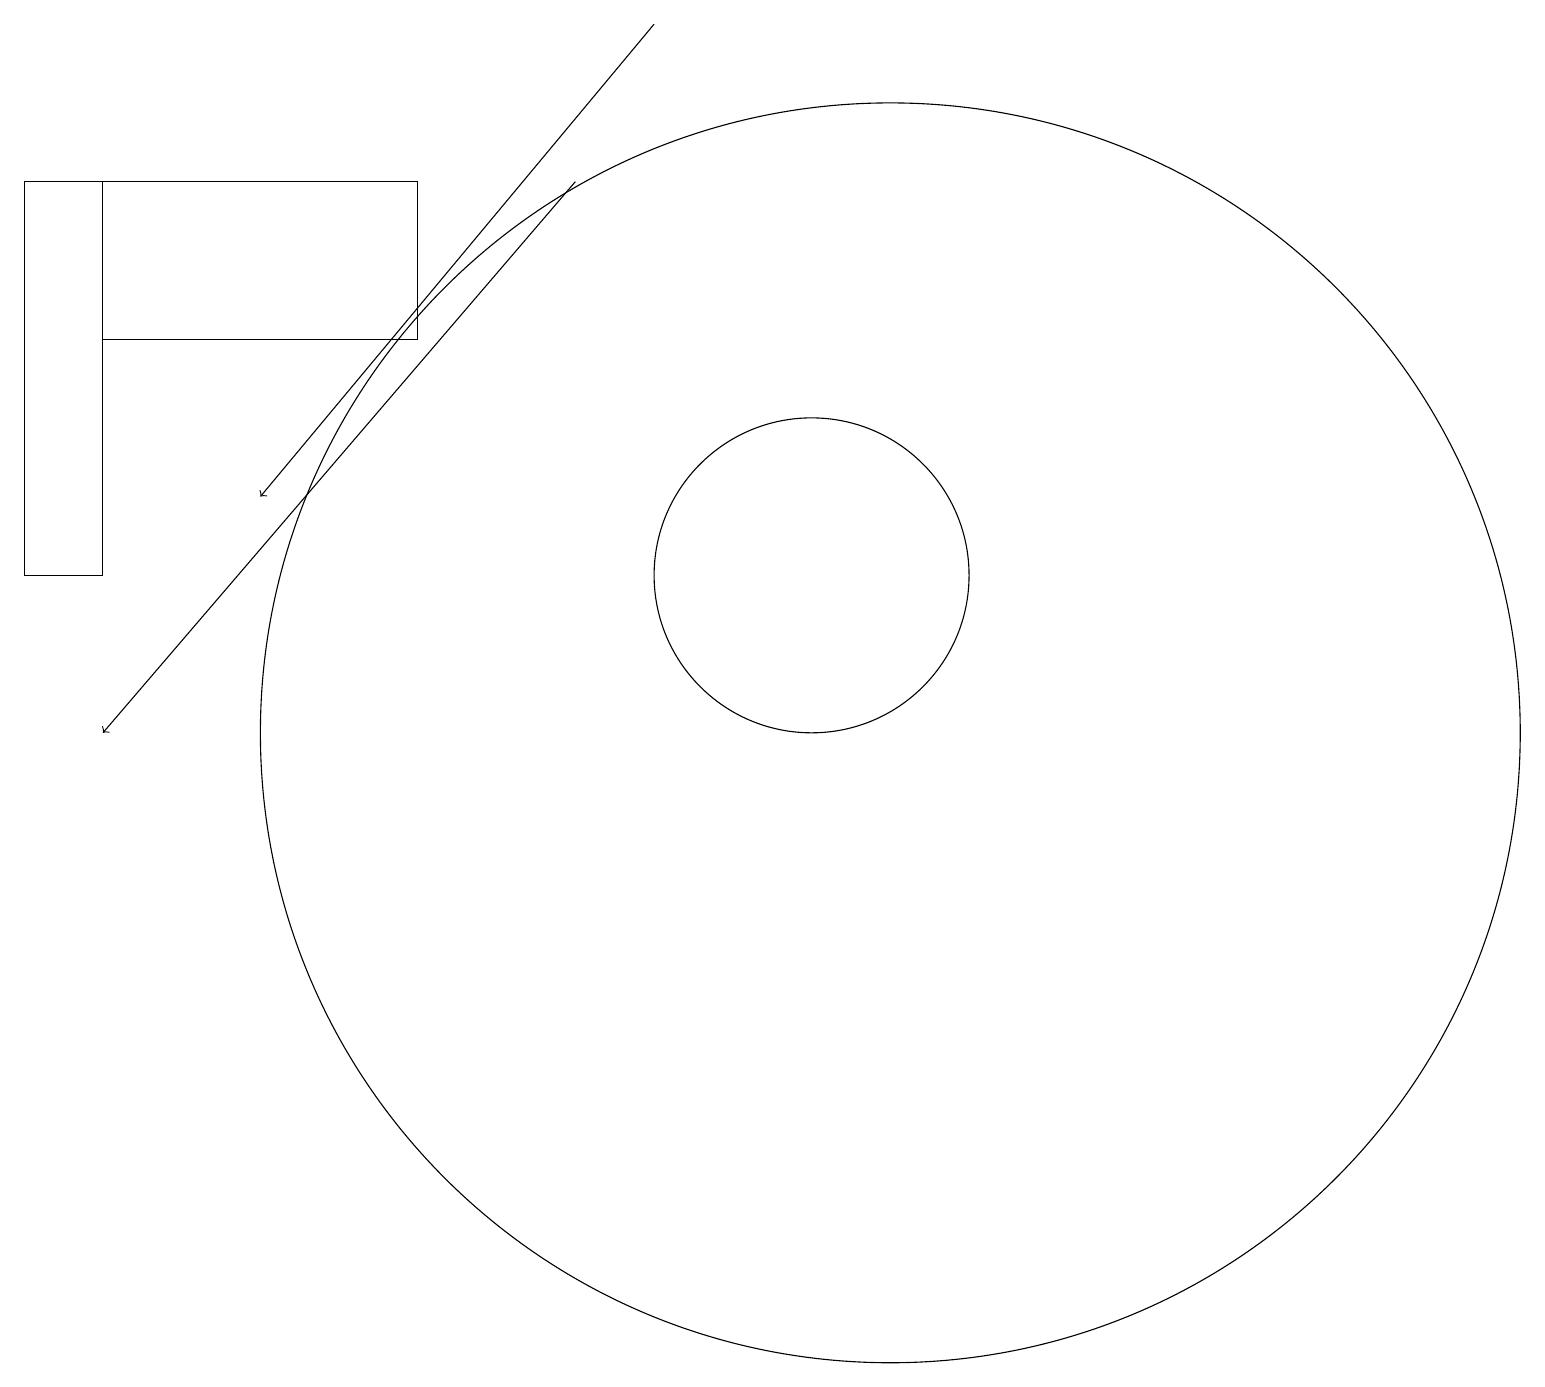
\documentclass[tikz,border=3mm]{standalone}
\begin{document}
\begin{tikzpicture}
\draw (0,17) rectangle (1,12);
\draw (1,17) rectangle (5,15);
\draw[->] (7,17) -- (1,10);
\draw (10,12) circle (2);
\draw (10,11) circle (0);
\draw[->] (8,19) -- (3,13);
\draw (11,10) circle (8);
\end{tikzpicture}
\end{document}